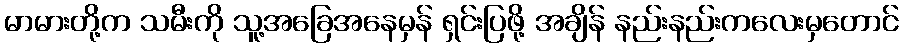
မာမားတို့က သမီးကို သူ့အခြေအနေမှန် ရှင်းပြဖို့ အချိန် နည်းနည်းကလေးမှတောင်